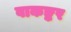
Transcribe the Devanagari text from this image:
वाकङ्कर